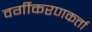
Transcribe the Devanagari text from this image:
वर्गीकरणकर्त्ता